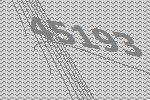
45193